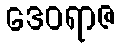
ဒေဝရာဇ